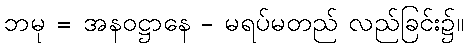
ဘမု = အနဝဋ္ဌာနေ - မရပ်မတည် လည်ခြင်း၌။